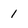
Character: 1